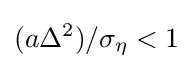
(a\Delta ^{2})/\sigma _{\eta }<1